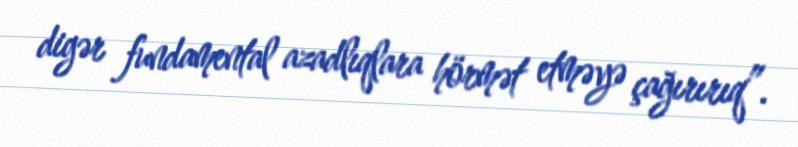
digər fundamental azadlıqlara hörmət etməyə çağırırıq”.